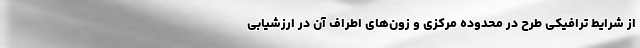
از شرایط ترافیکی طرح در محدوده مرکزی و زون‌های اطراف آن در ارزشیابی